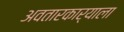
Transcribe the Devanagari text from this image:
अवतारकार्याला